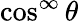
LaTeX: \cos^{\infty}\theta